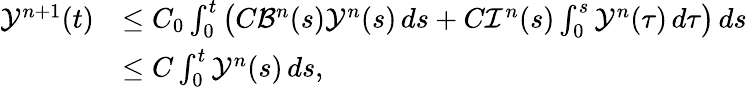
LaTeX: \begin{array}{rl}{\mathcal{Y}^{n+1}(t)}&{\leq C_{0}\int_{0}^{t}\left(C\mathcal{B}^{n}(s)\mathcal{Y}^{n}(s)\, ds+C\mathcal{I}^{n}(s)\int_{0}^{s}\mathcal{Y}^{n}(\tau)\, d\tau\right)\, ds}\\ &{\leq C\int_{0}^{t}\mathcal{Y}^{n}(s)\, ds,}\end{array}